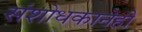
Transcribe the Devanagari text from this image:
संशोधकानेही